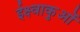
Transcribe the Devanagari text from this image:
ईक्ष्वाकुओं